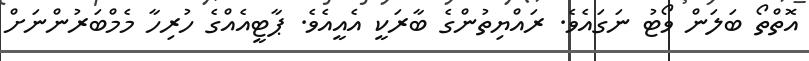
އޮތްތޯ ބަލަން ވޯޓު ނަގައެވެ. ރައްޔިތުންގެ ބާރަކީ އެއީއެވެ. ޕާޓީީއެއްގެ ހުރިހާ މެމްބަރުންނަށް